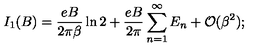
I _ { 1 } ( B ) = \frac { e B } { 2 \pi \beta } \ln 2 + \frac { e B } { 2 \pi } \sum _ { n = 1 } ^ { \infty } E _ { n } + { \cal { O } } ( \beta ^ { 2 } ) ;